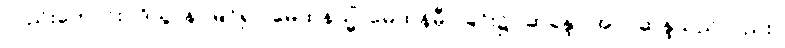
လည်းကောင်း။ ဒိသွာန၊ မြင်၍။ မေထုနသ္မိံ၊ မေထုန်မှီဝဲခြင်း၌။ ဆန္ဒော အပိ၊ ဆန္ဒသည်လည်း။